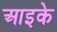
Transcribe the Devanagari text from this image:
आइके